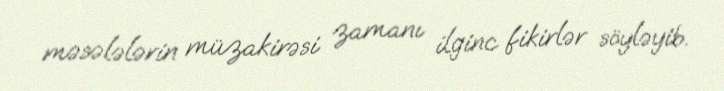
məsələlərin müzakirəsi zamanı ilginc fikirlər söyləyib.